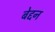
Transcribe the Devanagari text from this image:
बेद्दन